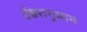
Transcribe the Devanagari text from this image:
ईश्वरानुमान